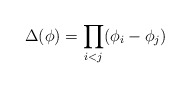
\begin{align*}\Delta(\phi) = \prod_{i<j} (\phi_i-\phi_j)\end{align*}